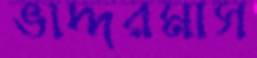
ভাদ্দরমাস